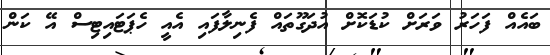
ބައެއް ފަހަރު ވަރަށް ކުޑަކޮށް އުދަގޫތައް ފެނިލާފައި އެއީ ހެޕަޓައިޓިސް އޭ ކަން